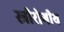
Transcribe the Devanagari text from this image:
स्त्रीरोगीय